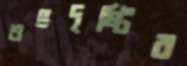
শুভদৃষ্টির